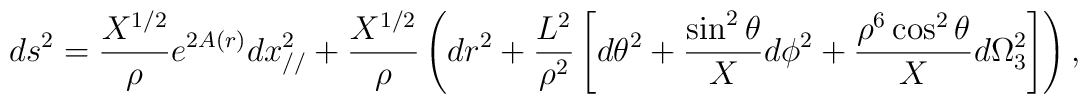
ds^2=\frac{X^{1/2}}{\rho}e^{2A(r)} dx_{//}^2 +\frac{X^{1/2}}{\rho}\left(dr^2+\frac{L^2}{\rho^2}\left[d\theta^2+\frac{\sin^2\theta}{X}d\phi^2+\frac{\rho^6\cos^2\theta}{X}d\Omega^2_3\right] \right),